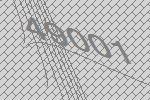
49001